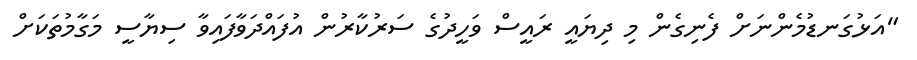
"އަޅުގަނޑުމެންނަށް ފެނިގެން މި ދިޔައީ ރައީސް ވަހީދުގެ ސަރުކާރުން އުފައްދަވާފައިވާ ސިޔާސީ މަގާމުތަކަށް